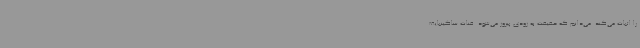
را اثبات می‌کند. می‌دانم که حقیقت به زودی پیروز می‌شود. قنات ساگینبایف